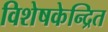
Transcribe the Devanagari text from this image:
विशेषकेन्द्रित